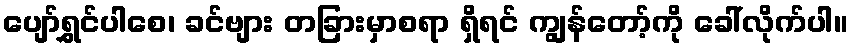
ပျော်ရွှင်ပါစေ၊ ခင်ဗျား တခြားမှာစရာ ရှိရင် ကျွန်တော့်ကို ခေါ်လိုက်ပါ။